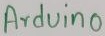
Text: Arduino